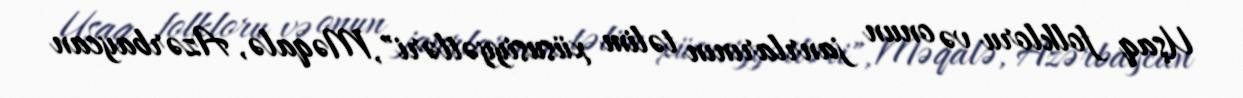
Uşaq folkloru və onun janrlarının təlim xüsusiyyətləri", Məqalə, Azərbaycan